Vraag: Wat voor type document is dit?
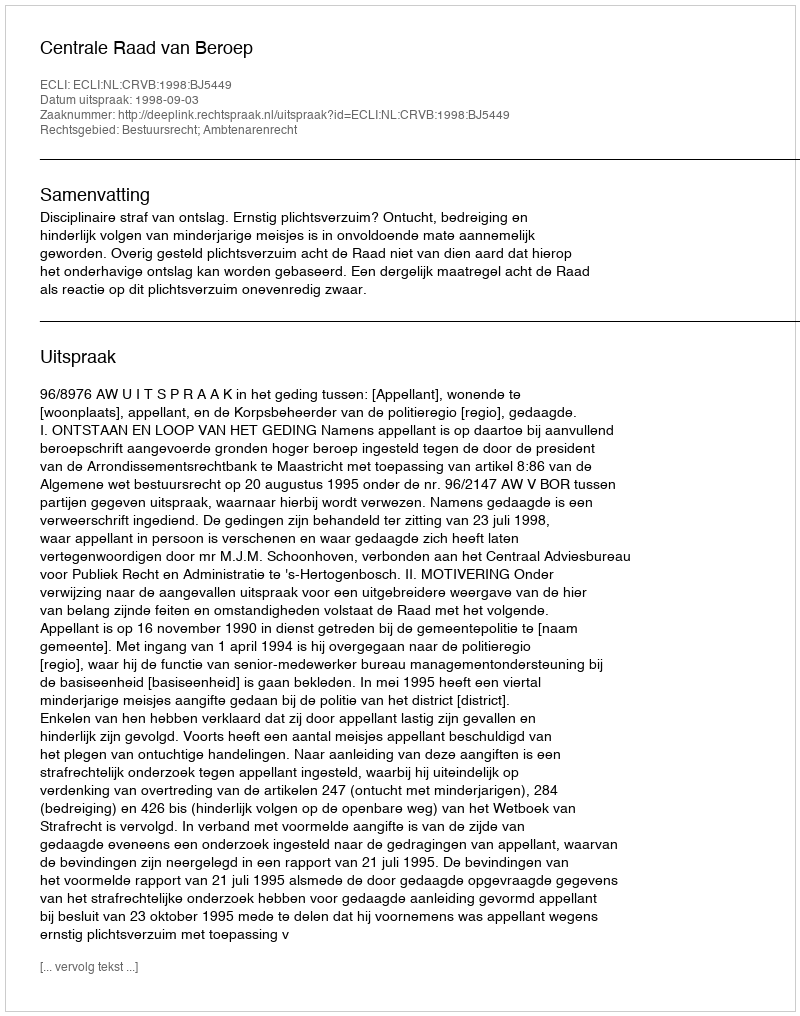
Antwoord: Uitspraak